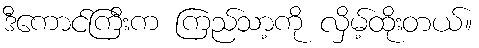
ဒီကောင်ကြီးက ကြည်သာ့ကို လှိမ့်ထိုးတယ်။